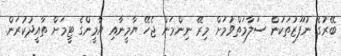
ބޭރުގެ ނުފޫޒުތަކުން ސަލާމަތްވުމަށް މިރޭ ނިންމަން ޖެހޭ ޔާމީނާއި ޔާމީންގެ ޓީމަށް ތާއީދުކުރަން.